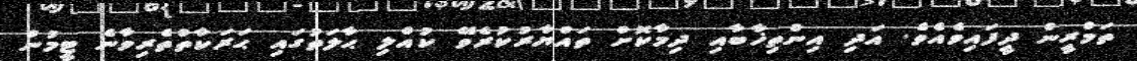
ތަމްރީން ދީފައިވެއެވެ. އަދި އިންތިޚާބާއި ދިމާކޮށް ތައްޔާރުކުރެވޭ ކުއްލި ޙާލަތުގައި ޙަރަކާތްތެރިވާނެ ޓީމުން